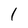
Character: l